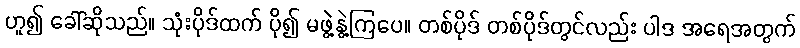
ဟူ၍ ခေါ်ဆိုသည်။ သုံးပိုဒ်ထက် ပို၍ မဖွဲ့နွဲ့ကြပေ။ တစ်ပိုဒ် တစ်ပိုဒ်တွင်လည်း ပါဒ အရေအတွက်